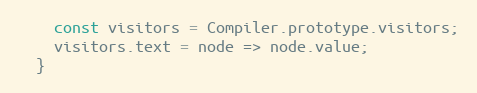
Language: JavaScript
    const visitors = Compiler.prototype.visitors;
    visitors.text = node => node.value;
  }